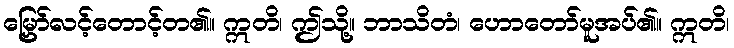
မြှော်လင့်တောင့်တ၏။ ဣတိ၊ ဤသို့။ ဘာသိတံ၊ ဟောတော်မူအပ်၏။ ဣတိ၊